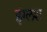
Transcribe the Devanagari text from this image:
इंग्लश